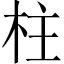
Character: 柱